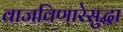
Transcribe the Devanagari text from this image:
वाजविणारेसुद्धा